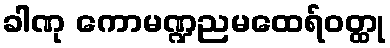
ခါဏု ကောမဏ္ဍညမထေရ်ဝတ္ထု